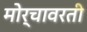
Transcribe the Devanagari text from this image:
मोर्चावरती